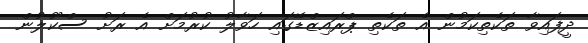
ދީފައިވާ ތަކެތިކަމުން އެ ތަކެތި ޕްރައިޒްޑޭގައި ހަވާލު ކުރުމަށް އެ ރަށު ސްކޫލުން